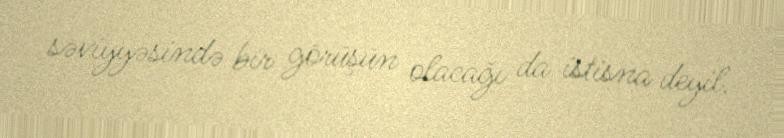
səviyyəsində bir görüşün olacağı da istisna deyil.